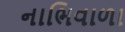
નાભિવાળા